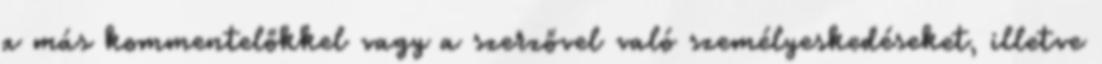
a más kommentelőkkel vagy a szerzővel való személyeskedéseket, illetve